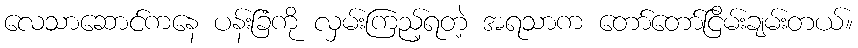
လေသာဆောင်ကနေ ပန်းခြံကို လှမ်းကြည့်ရတဲ့ အရသာက တော်တော်ငြိမ်းချမ်းတယ်။